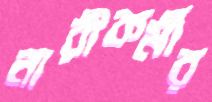
নারীকর্মীর